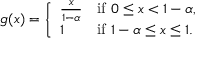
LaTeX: g ( x ) = { \left\{ \begin{array} { l l } { { \frac { x } { 1 - \alpha } } } & { { \mathrm { i f ~ } } 0 \leq x < 1 - \alpha , } \\ { 1 } & { { \mathrm { i f ~ } } 1 - \alpha \leq x \leq 1 . } \end{array} \right. } \quad